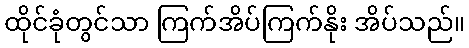
ထိုင်ခုံတွင်သာ ကြက်အိပ်ကြက်နိုး အိပ်သည်။